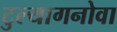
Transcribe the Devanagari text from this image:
टुल्यागनोवा